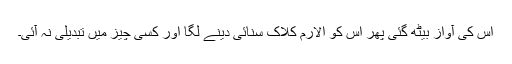
اس کی آواز بیٹھ گئی پھر اس کو الارم کلاک سنائی دینے لگا اور کسی چیز میں تبدیلی نہ آئی۔